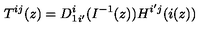
T ^ { i j } ( z ) = { D _ { 1 } ^ { i } } _ { i ^ { \prime } } ( I ^ { - 1 } ( z ) ) H ^ { i ^ { \prime } j } ( i ( z ) )